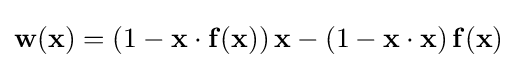
{\mathbf {w} }({\mathbf {x} })=(1-{\mathbf {x} }\cdot {\mathbf {f} }({\mathbf {x} }))\,{\mathbf {x} }-(1-{\mathbf {x} }\cdot {\mathbf {x} })\,{\mathbf {f} }({\mathbf {x} })